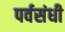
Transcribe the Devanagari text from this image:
पर्वसंधी